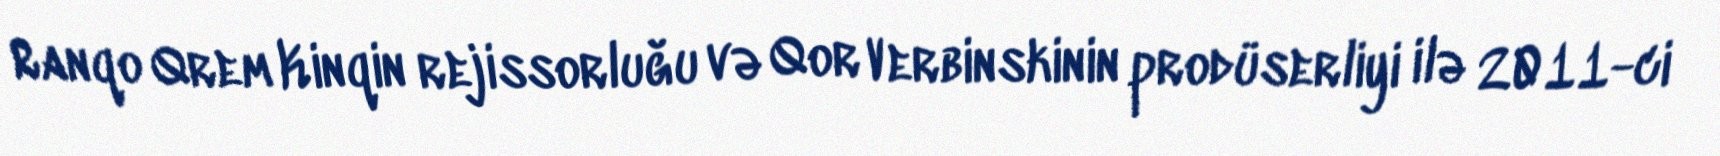
Ranqo Qrem Kinqin rejissorluğu və Qor Verbinskinin prodüserliyi ilə 2011-ci